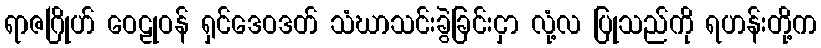
ရာဇဂြိုဟ် ဝေဠုဝန် ရှင်ဒေဝဒတ် သံဃာသင်းခွဲခြင်းငှာ လုံ့လ ပြုသည်ကို ရဟန်းတို့က